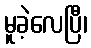
မူခဲ့လေပြီ၊